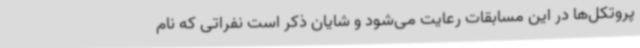
پروتکل‌ها در این مسابقات رعایت می‌شود و شایان ذکر است نفراتی که نام